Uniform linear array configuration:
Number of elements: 24
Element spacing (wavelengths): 1
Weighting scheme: hamming
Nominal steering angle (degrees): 0
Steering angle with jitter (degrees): -0.8056
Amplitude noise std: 0.05
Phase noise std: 0.05

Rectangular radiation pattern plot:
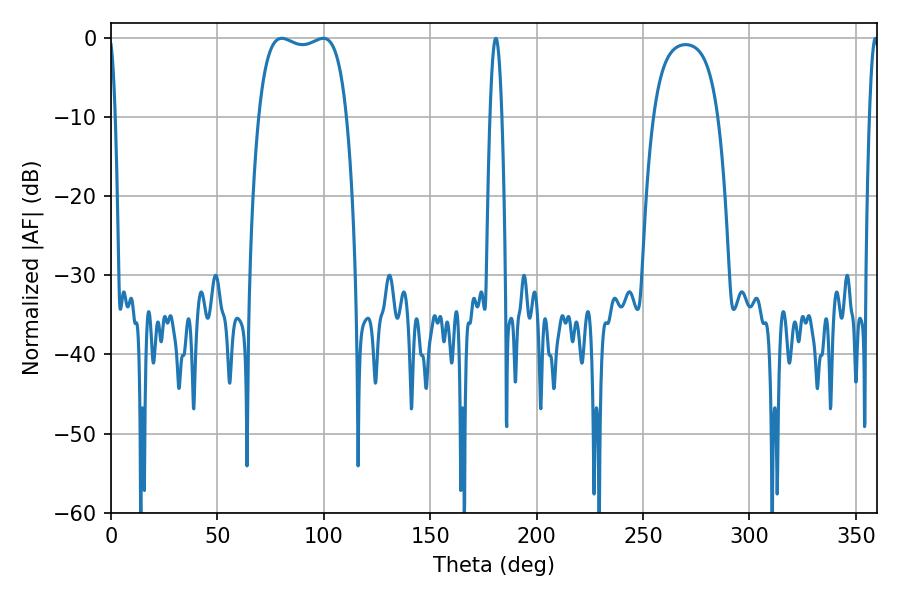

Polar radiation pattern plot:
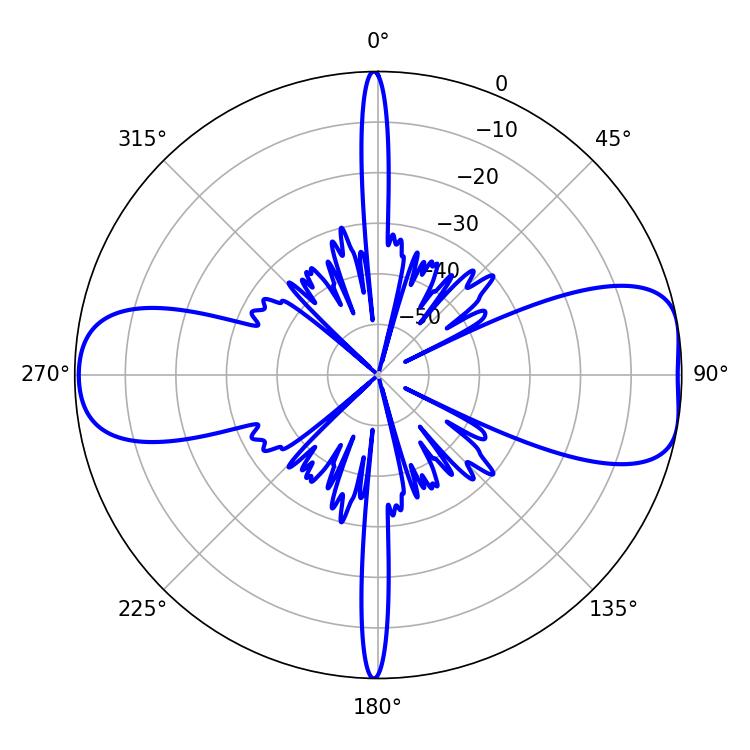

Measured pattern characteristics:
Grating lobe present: TRUE
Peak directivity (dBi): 9.095
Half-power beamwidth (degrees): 33.48
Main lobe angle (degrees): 80.28